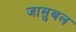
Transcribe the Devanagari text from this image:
जासुबल